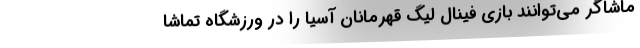
ماشاگر می‌توانند بازی فینال لیگ قهرمانان آسیا را در ورزشگاه تماشا